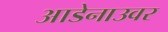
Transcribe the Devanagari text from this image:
आडेनाउवर